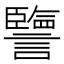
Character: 譼